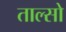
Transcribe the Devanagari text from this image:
ताल्सो